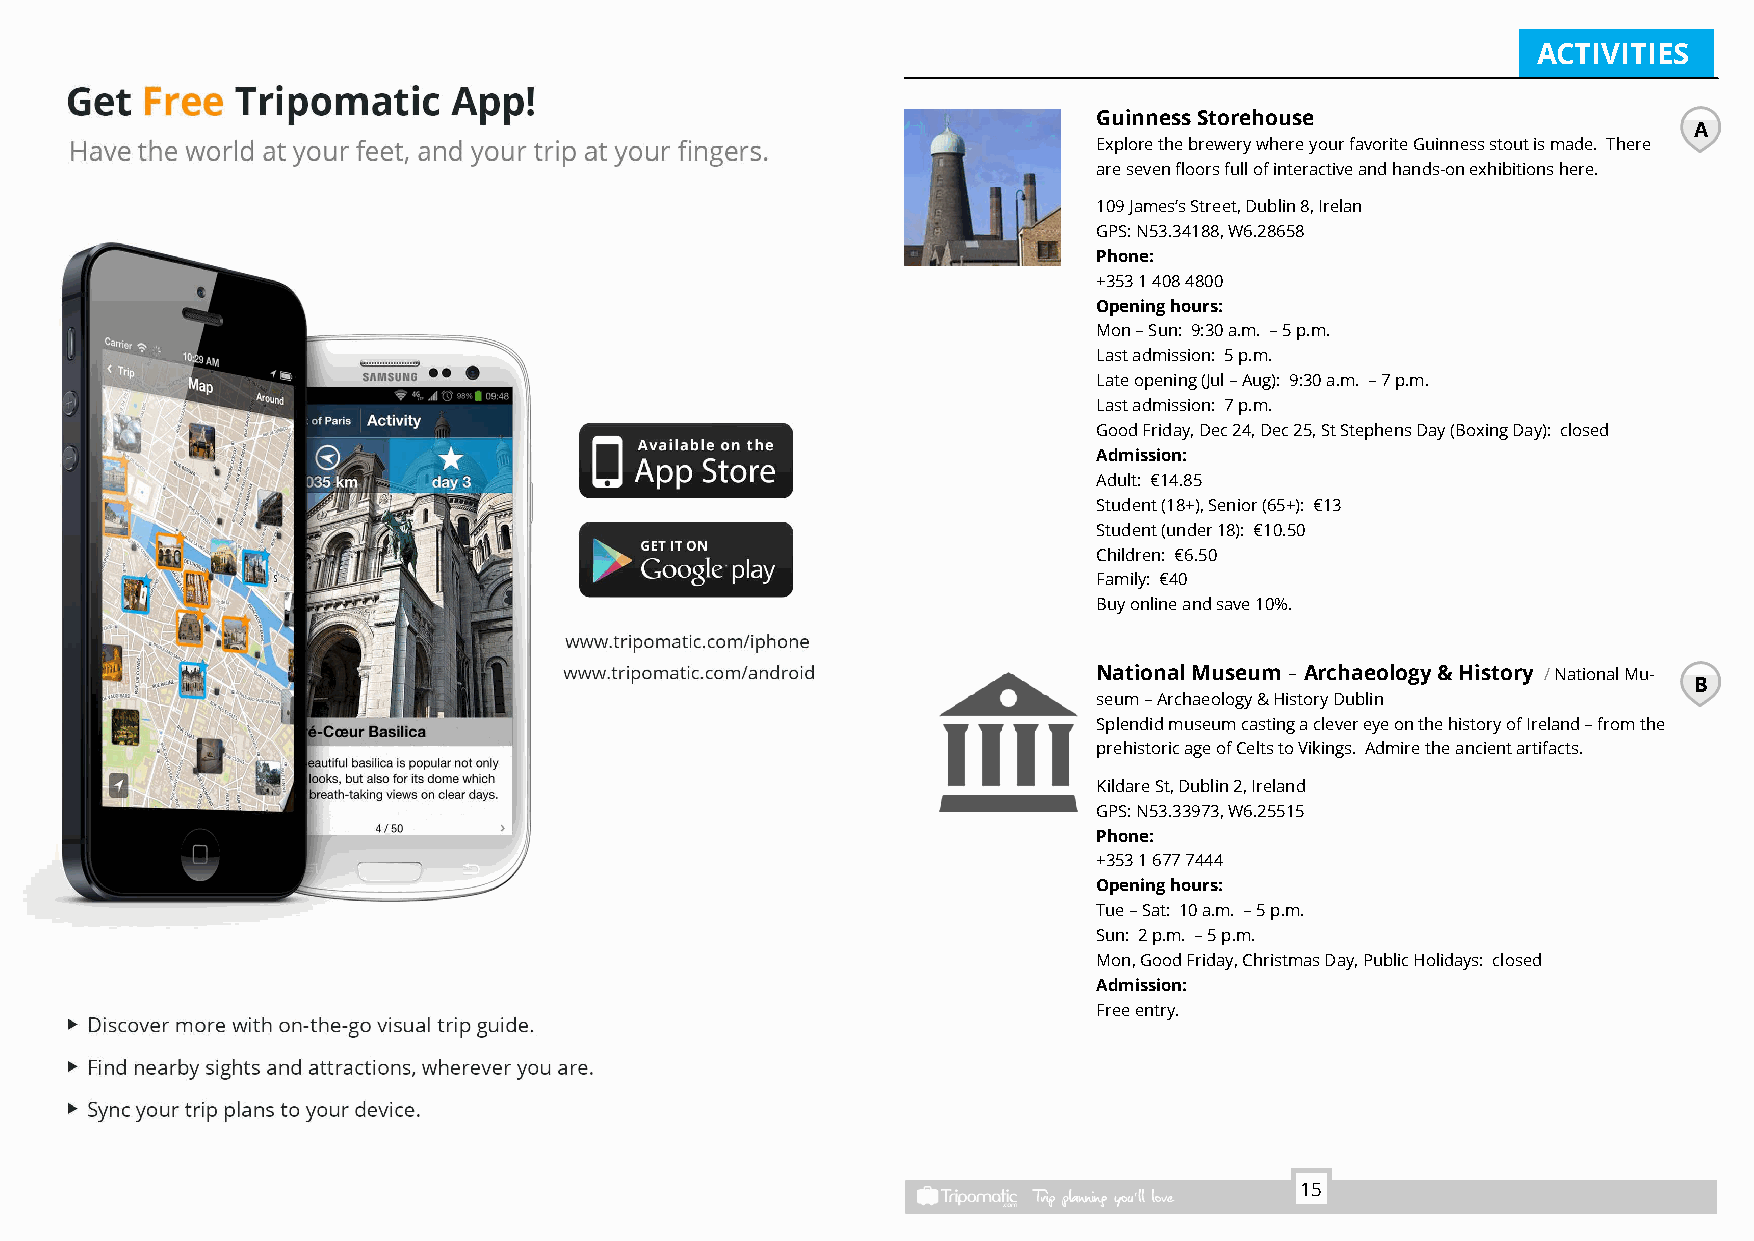
DOS AND  DO  NOTS                                                                                  ACTIVITIES
 GuinnessStorehouse
 A
 ExplorethebrewerywhereyourfavoriteGuinnessstoutismade. There
 aresevenfloorsfullofinteractiveandhands-onexhibitionshere.
 109James'sStreet,Dublin8,Irelan
 GPS:N53.34188,W6.28658
 Phone:
 +35314084800
 Openinghours:
 Mon–Sun: 9:30a.m. –5p.m.
 Lastadmission: 5p.m.
 Lateopening(Jul–Aug): 9:30a.m. –7p.m.
 Lastadmission: 7p.m.
 GoodFriday,Dec24,Dec25,StStephensDay(BoxingDay): closed
 Admission:
 Adult: €14.85
 Student(18+),Senior(65+): €13
 Student(under18): €10.50
 Children: €6.50
 Family: €40
 Buyonlineandsave10%.
 NationalMuseum–Archaeology&History /NationalMu-
 B
 seum–Archaeology&HistoryDublin
 SplendidmuseumcastingaclevereyeonthehistoryofIreland–fromthe
 prehistoricageofCeltstoVikings. Admiretheancientartifacts.
 KildareSt,Dublin2,Ireland
 GPS:N53.33973,W6.25515
 Phone:
 +35316777444
 Openinghours:
 Tue–Sat: 10a.m. –5p.m.
 Sun: 2p.m. –5p.m.
 Mon,GoodFriday,ChristmasDay,PublicHolidays: closed
 Admission:
 Freeentry.
 15